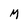
Character: M